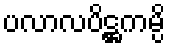
ပလာလပိဋ္ဌကမ္ပိ